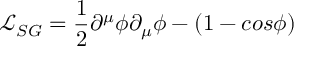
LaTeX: { \mathcal L } _ { S G } = \frac { 1 } { 2 } \partial ^ { \mu } \phi \partial _ { \mu } \phi - ( 1 - c o s \phi )